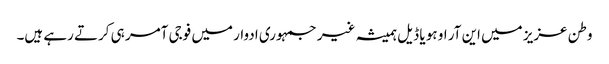
وطن عزیز میں این آر او ہو یا ڈیل ہمیشہ غیر جمہوری ادوار میں فوجی آمر ہی کرتے رہے ہیں۔